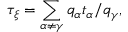
\tau _ { \xi } = \sum _ { \alpha \neq \gamma } q _ { \alpha } t _ { \alpha } / q _ { \gamma } ,